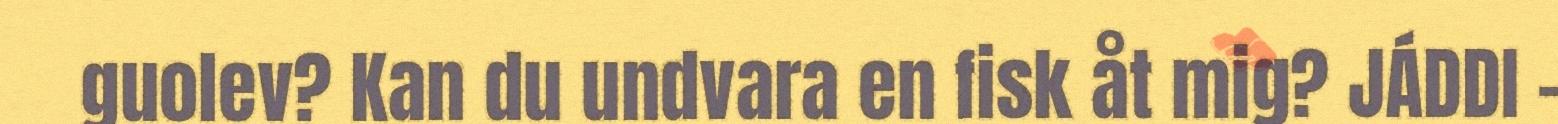
guolev? Kan du undvara en fisk åt mig? JÁDDI -